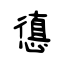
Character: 憄